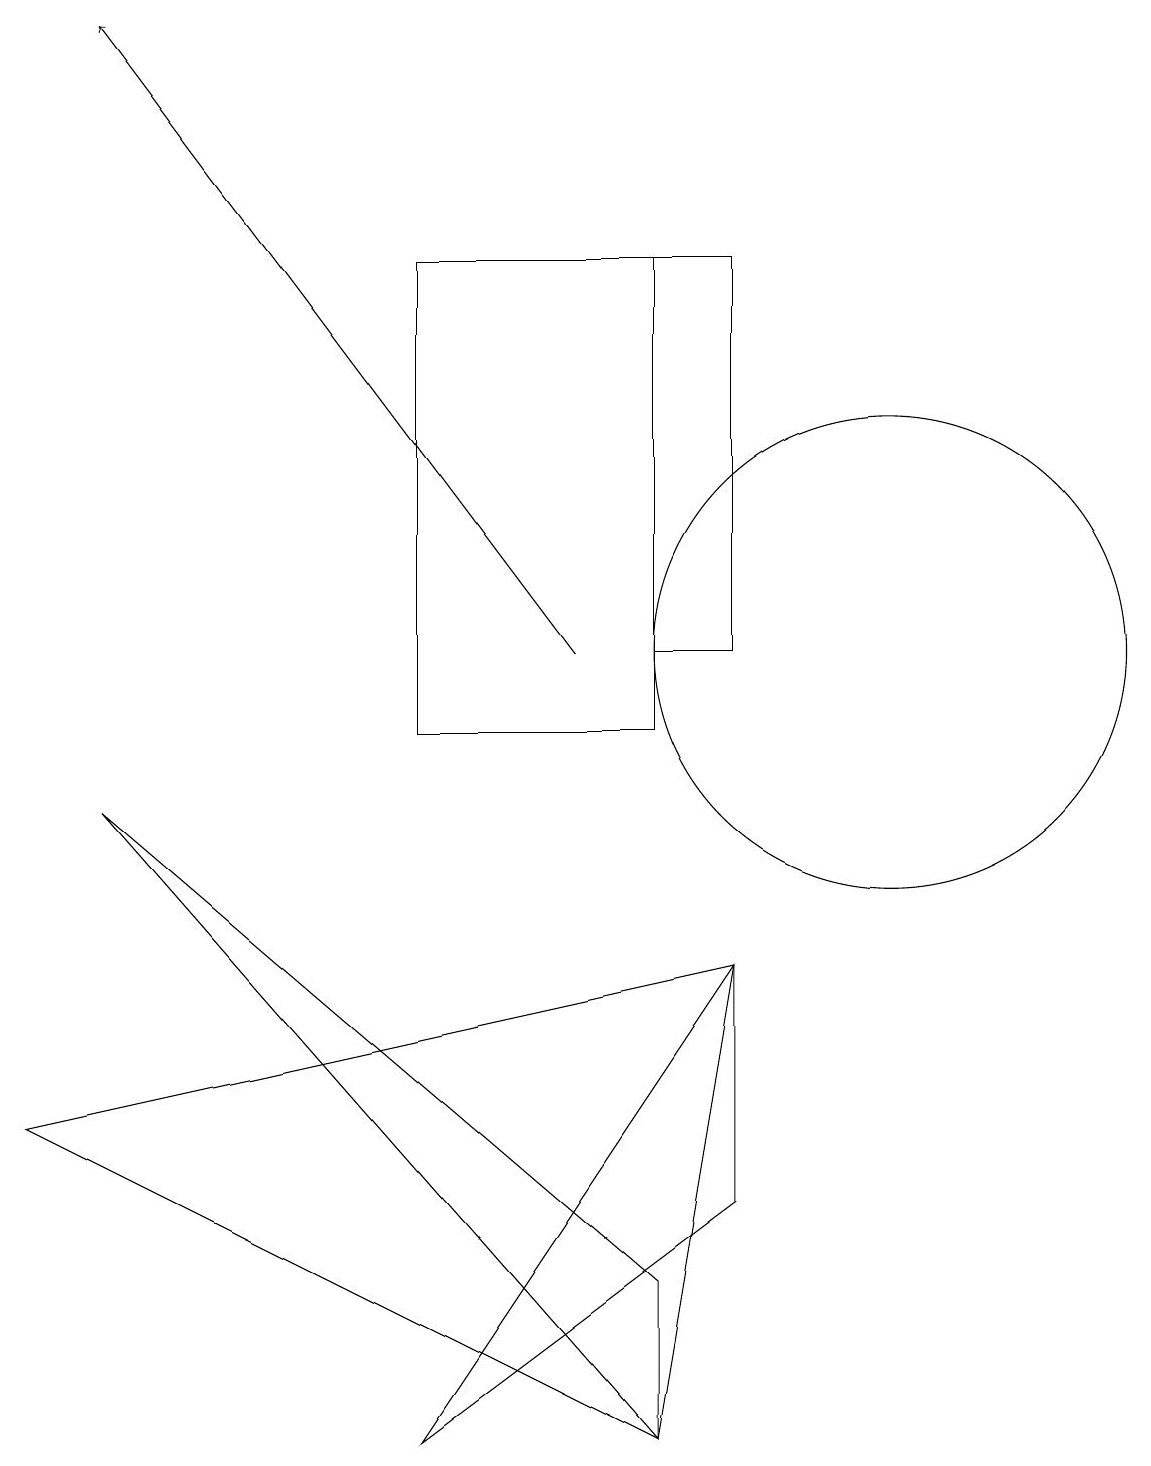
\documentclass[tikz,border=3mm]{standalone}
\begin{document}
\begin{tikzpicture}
\draw (8,3) -- (8,1) -- (1,9) -- cycle;
\draw (9,16) rectangle (8,11);
\draw (11,11) circle (3);
\draw (5,10) rectangle (8,16);
\draw (8,1) -- (9,7) -- (0,5) -- cycle;
\draw[->] (7,11) -- (1,19);
\draw (5,1) -- (9,7) -- (9,4) -- cycle;
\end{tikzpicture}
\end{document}